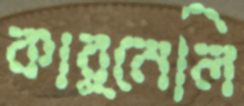
কার্নেলি